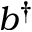
b ^ { \dagger }